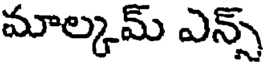
మాల్కమ్ ఎన్స్